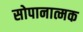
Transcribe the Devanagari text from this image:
सोपानात्मक